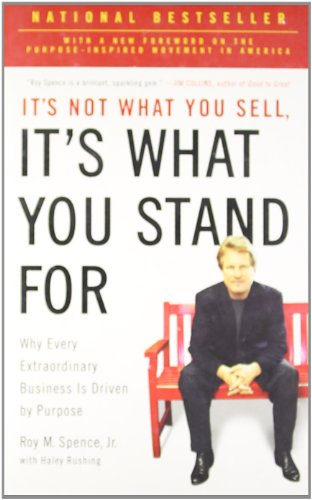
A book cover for It's Not What You Sell, It's What You Stand For: Why Every Extraordinary Business Is Driven by Purpose; Roy M. Spence Jr.; Business & Money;